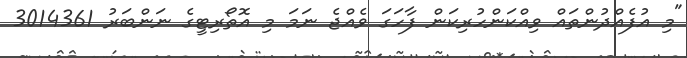
"މި އުފެއްދުންތައް ވިއްކަންހުރިކަން ފާހަގަ ވެއްޖެ ނަމަ މި އޮތޯރިޓީގެ ނަންބަރު 3014361